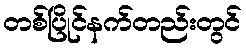
တစ်ပြိုင်နက်တည်းတွင်